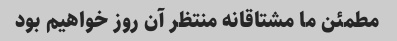
مطمئن ما مشتاقانه منتظر آن روز خواهیم بود